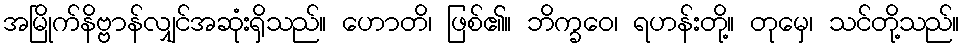
အမြိုက်နိဗ္ဗာန်လျှင်အဆုံးရှိသည်။ ဟောတိ၊ ဖြစ်၏။ ဘိက္ခဝေ၊ ရဟန်းတို့။ တုမှေ၊ သင်တို့သည်။